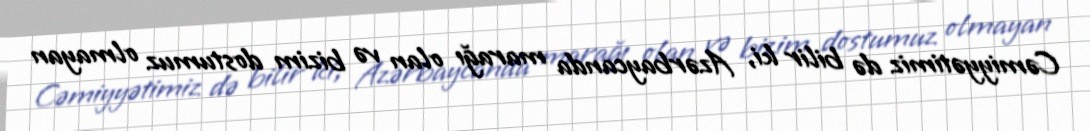
Cəmiyyətimiz də bilir ki, Azərbaycanda marağı olan və bizim dostumuz olmayan